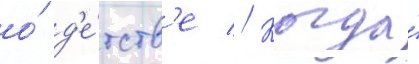
о́ д'е́тств'е // Когда́